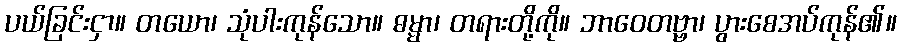
ပယ်ခြင်းငှာ။ တယော၊ သုံပါးကုန်သော။ ဓမ္မာ၊ တရားတို့ကို။ ဘာဝေတဗ္ဗာ၊ ပွားစေအပ်ကုန်၏။